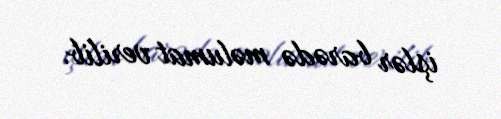
işlər barədə məlumat verilib.